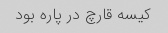
کیسه قارچ در پاره بود